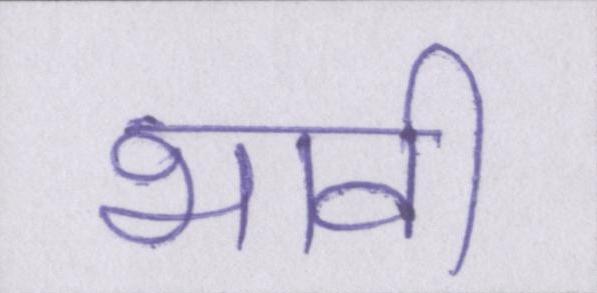
भावी